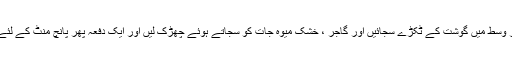
چاولوں کے اوپر وسط میں گوشت کے ٹکڑے سجائیں اور گاجر ، خُشک میوہ جات کو سجاتے ہوئے چھڑک لیں اور ایک دفعہ پھر پانچ مِنٹ کے لئےاُون میں رکھیں۔